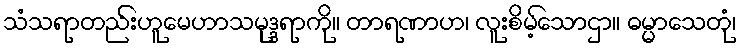
သံသရာတည်းဟူမေဟာသမုဒ္ဒရာကို။ တာရဏာဟ၊ လူးစိမ့်သောဌာ။ ဓမ္မာသေတုံ၊